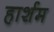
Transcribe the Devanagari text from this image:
हार्शम